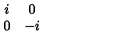
\begin{array} { c c } { i } & { 0 } \\ { 0 } & { - i } \\ \end{array}